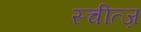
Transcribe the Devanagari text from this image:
स्चीत्ज़